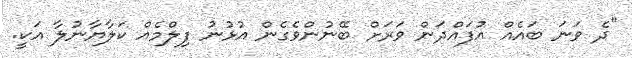
"ދެ ވަނަ ބައެއް އުފައްދަން ވަރަށް ބޭނުންވެގެން އުޅުނު ފިލްމެއް ކަލާޔާނުލާ އަކީ.